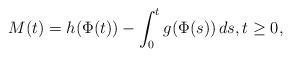
LaTeX: \begin{align*}M(t) = h(\Phi(t)) - \int_0^t g(\Phi(s))\, ds ,t\geq 0,\end{align*}